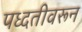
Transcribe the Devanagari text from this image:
पध्दतीवरून